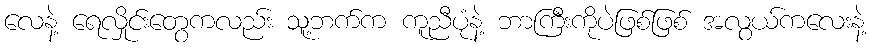
လေနဲ့ ရေလှိုင်းတွေကလည်း သူ့ဘက်က ကူညီပုံနဲ့ ဘာကြီးကိုပဲဖြစ်ဖြစ် အလွယ်ကလေးနဲ့